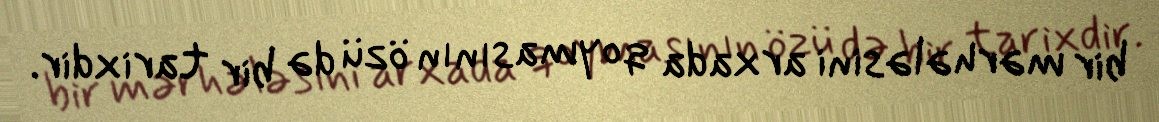
bir mərhələsini arxada qoymasının özü də bir tarixdir.